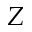
Z